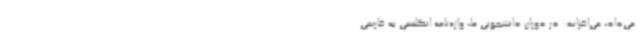
می‌داد، می‌افزاید: در دوران دانشجویی ما، واژه‌نامه انگلیسی به فارسی